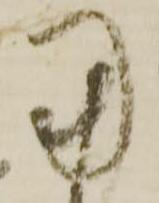
用